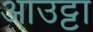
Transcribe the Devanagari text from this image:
आउट्टा